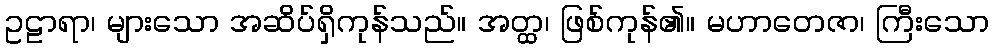
ဥဠာရာ၊ များသော အဆိပ်ရှိကုန်သည်။ အတ္ထ၊ ဖြစ်ကုန်၏။ မဟာတေဇာ၊ ကြီးသော